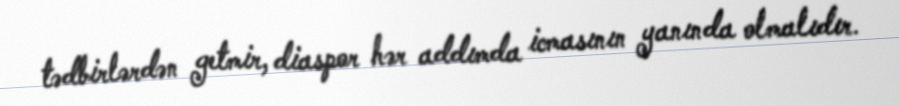
tədbirlərdən getmir, diaspor hər addımda icmasının yanında olmalıdır.